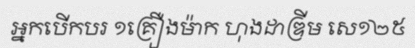
អ្នកបើកបរ ១គ្រឿងម៉ាក ហុងដាឌ្រីម សេ១២៥